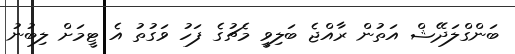
ބަންގްލަދޭޝް އަތުން ރާއްޖެ ބަލިވީ މެޗުގެ ފަހު ވަގުތު އެ ޓީމަށް ލިބުނު